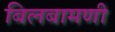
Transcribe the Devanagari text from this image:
बिलबामणी